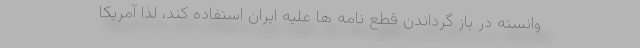
وانسته در باز گرداندن قطع نامه ها علیه ایران استفاده کند، لذا آمریکا